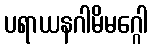
ပရာယနဂါမိမဂ္ဂေါ